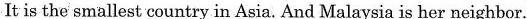
It is the smallest country in Asia. And Malaysia is her neighbor.